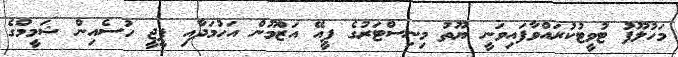
މަހުލޫފު ޓުވީޓުކުރައްވާފައިވަނީ ޔޫތު މިނިސްޓަރުގެ ޕީއޭ އަޒްމޫން އަހުމަދާއި ޕީޖީ ހުސެއިން ޝަމީމްގެ